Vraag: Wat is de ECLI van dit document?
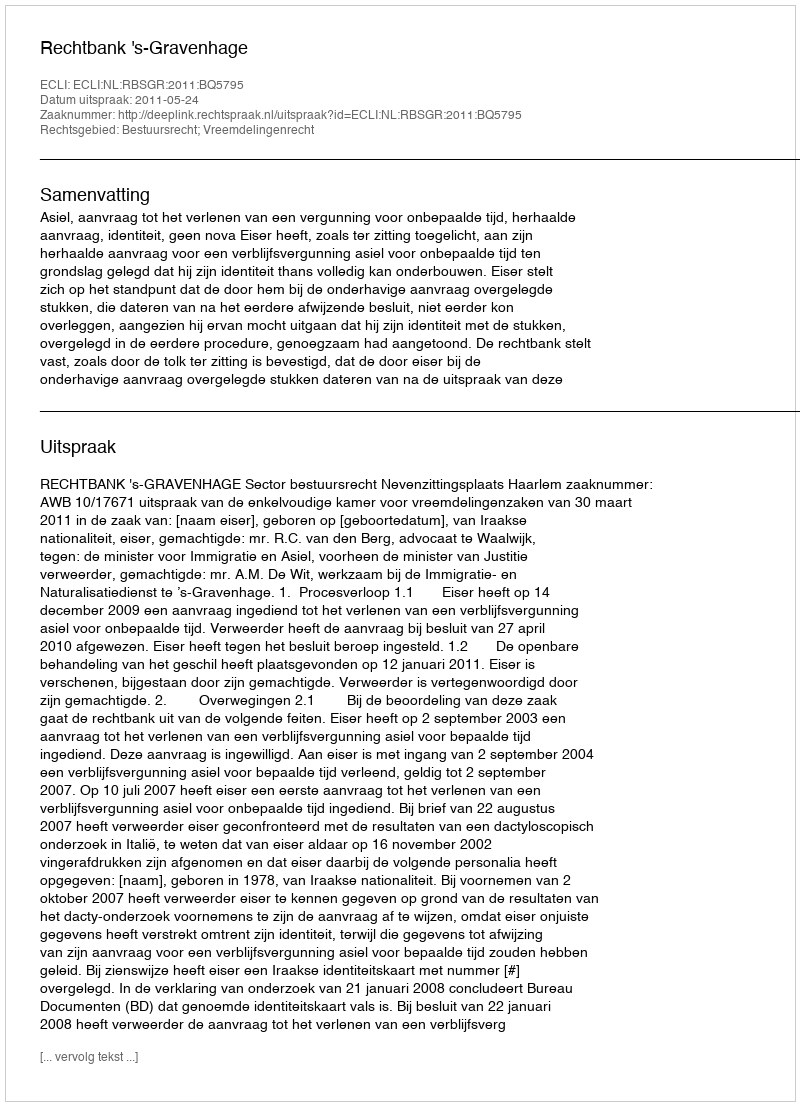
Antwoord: ECLI:NL:RBSGR:2011:BQ5795